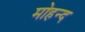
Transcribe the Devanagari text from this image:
मोहन्द